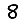
Digit: 8